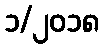
၁/၂၀၁၈